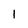
Character: 1